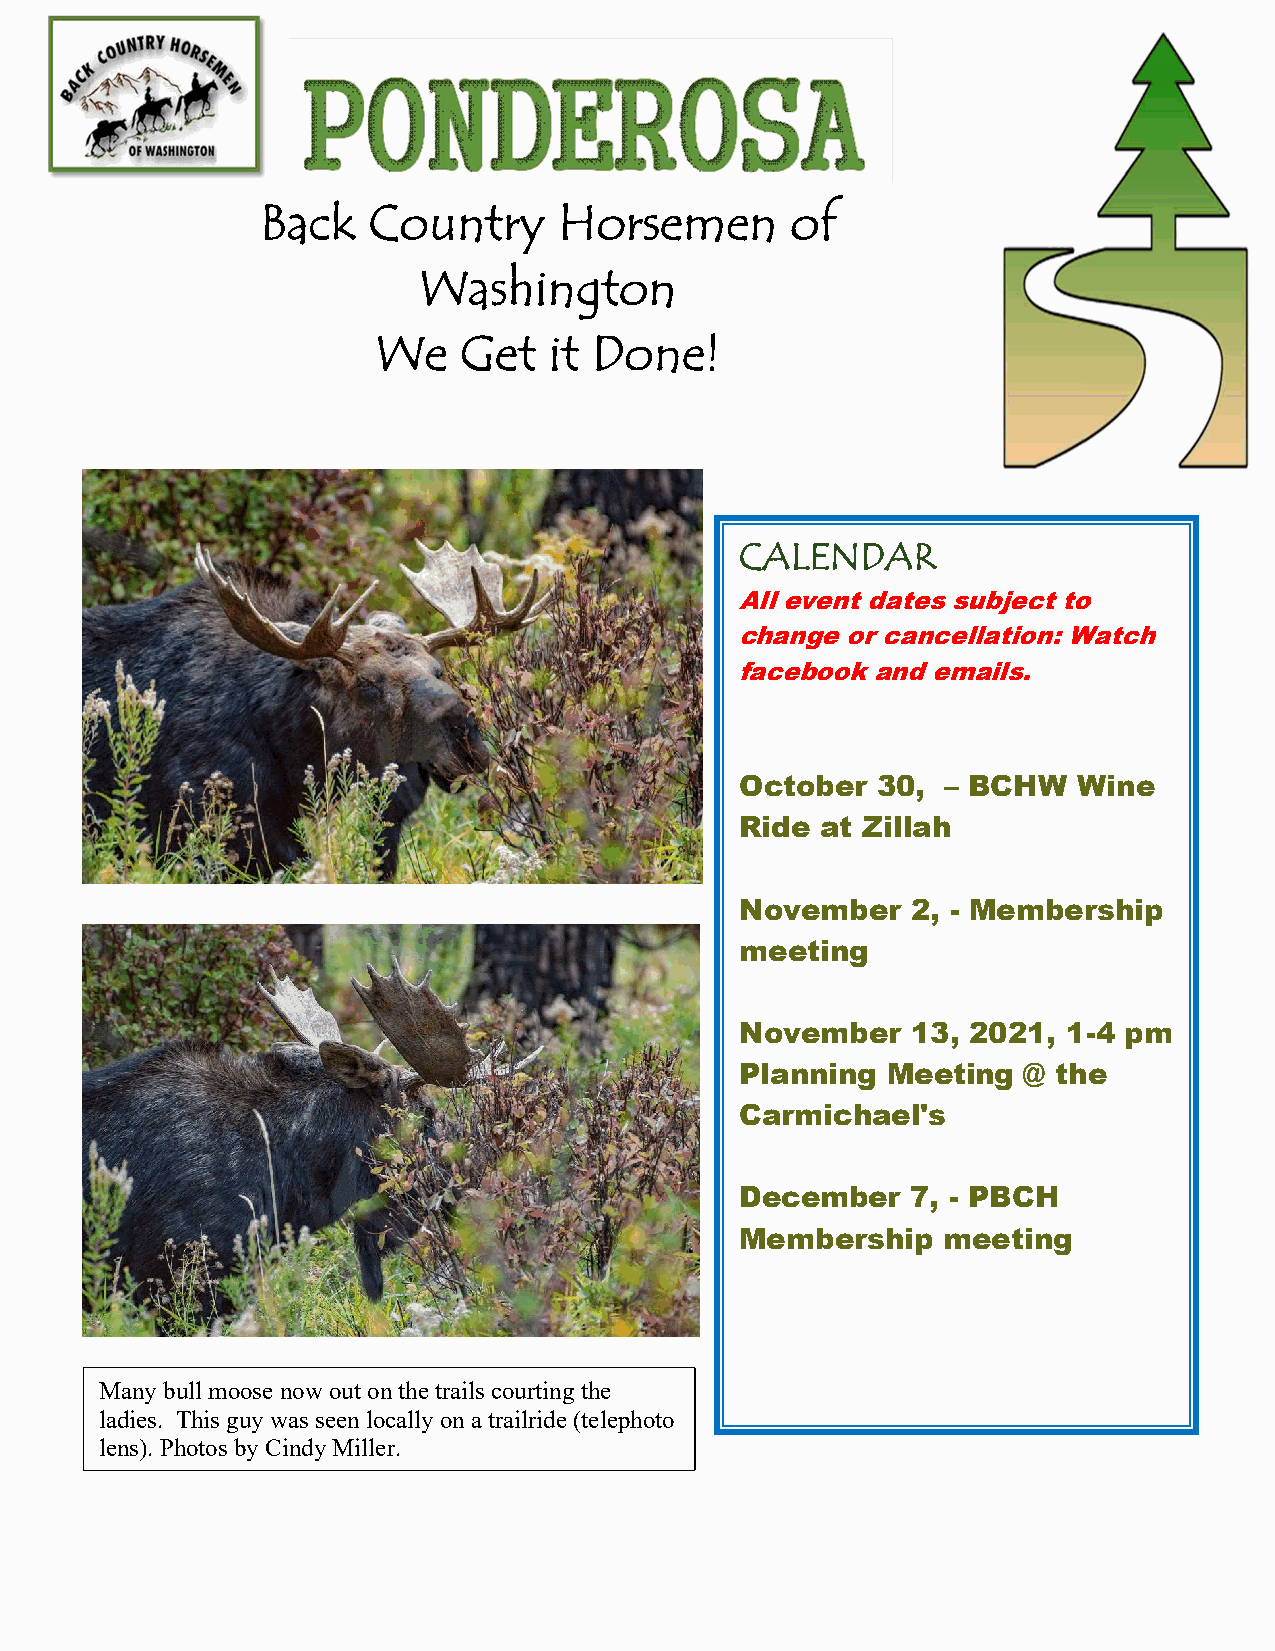
Back   Country      Horsemen       of
 Washington
 We   Get   it Done!
 http://pbchw.com
 ______________________________________
 CALENDAR
 All event dates subject to
 change or cancellation: Watch
 facebook and emails.
 October  30,  – BCHW  Wine
 Ride at Zillah
 November   2, - Membership
 meeting
 November   13, 2021,  1-4 pm
 Planning  Meeting  @ the
 Carmichael's
 December   7, - PBCH
 Membership   meeting
 Many bull moose now out on the trails courting the
 ladies. This guy was seen locally on a trailride (telephoto
 lens). Photos by Cindy Miller.